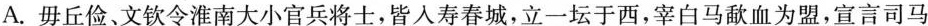
A. 毋丘俭、文钦令淮南大小官兵将士，皆人寿春城，立一坛于西，宰白马歃血为盟，宣言司马